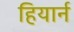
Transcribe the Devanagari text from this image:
हियार्न